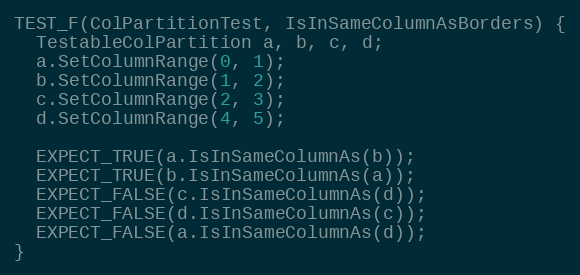
Language: C++
TEST_F(ColPartitionTest, IsInSameColumnAsBorders) {
  TestableColPartition a, b, c, d;
  a.SetColumnRange(0, 1);
  b.SetColumnRange(1, 2);
  c.SetColumnRange(2, 3);
  d.SetColumnRange(4, 5);

  EXPECT_TRUE(a.IsInSameColumnAs(b));
  EXPECT_TRUE(b.IsInSameColumnAs(a));
  EXPECT_FALSE(c.IsInSameColumnAs(d));
  EXPECT_FALSE(d.IsInSameColumnAs(c));
  EXPECT_FALSE(a.IsInSameColumnAs(d));
}